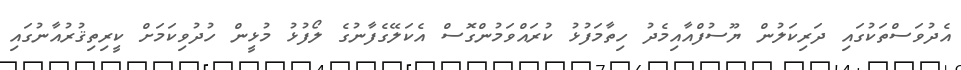
އެދުވަސްތަކުގައި ދަރިކަލުން ޔޫސުފްއާއިމެދު ހިތާމަފުޅު ކުރައްވަމުންގޮސް އެކަލޭގެފާނުގެ ލޯފުޅު މުޅީން ހުދުވިކަމަށް ކީރިތިޤުރުއާނުގައި